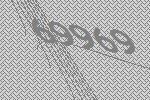
69969